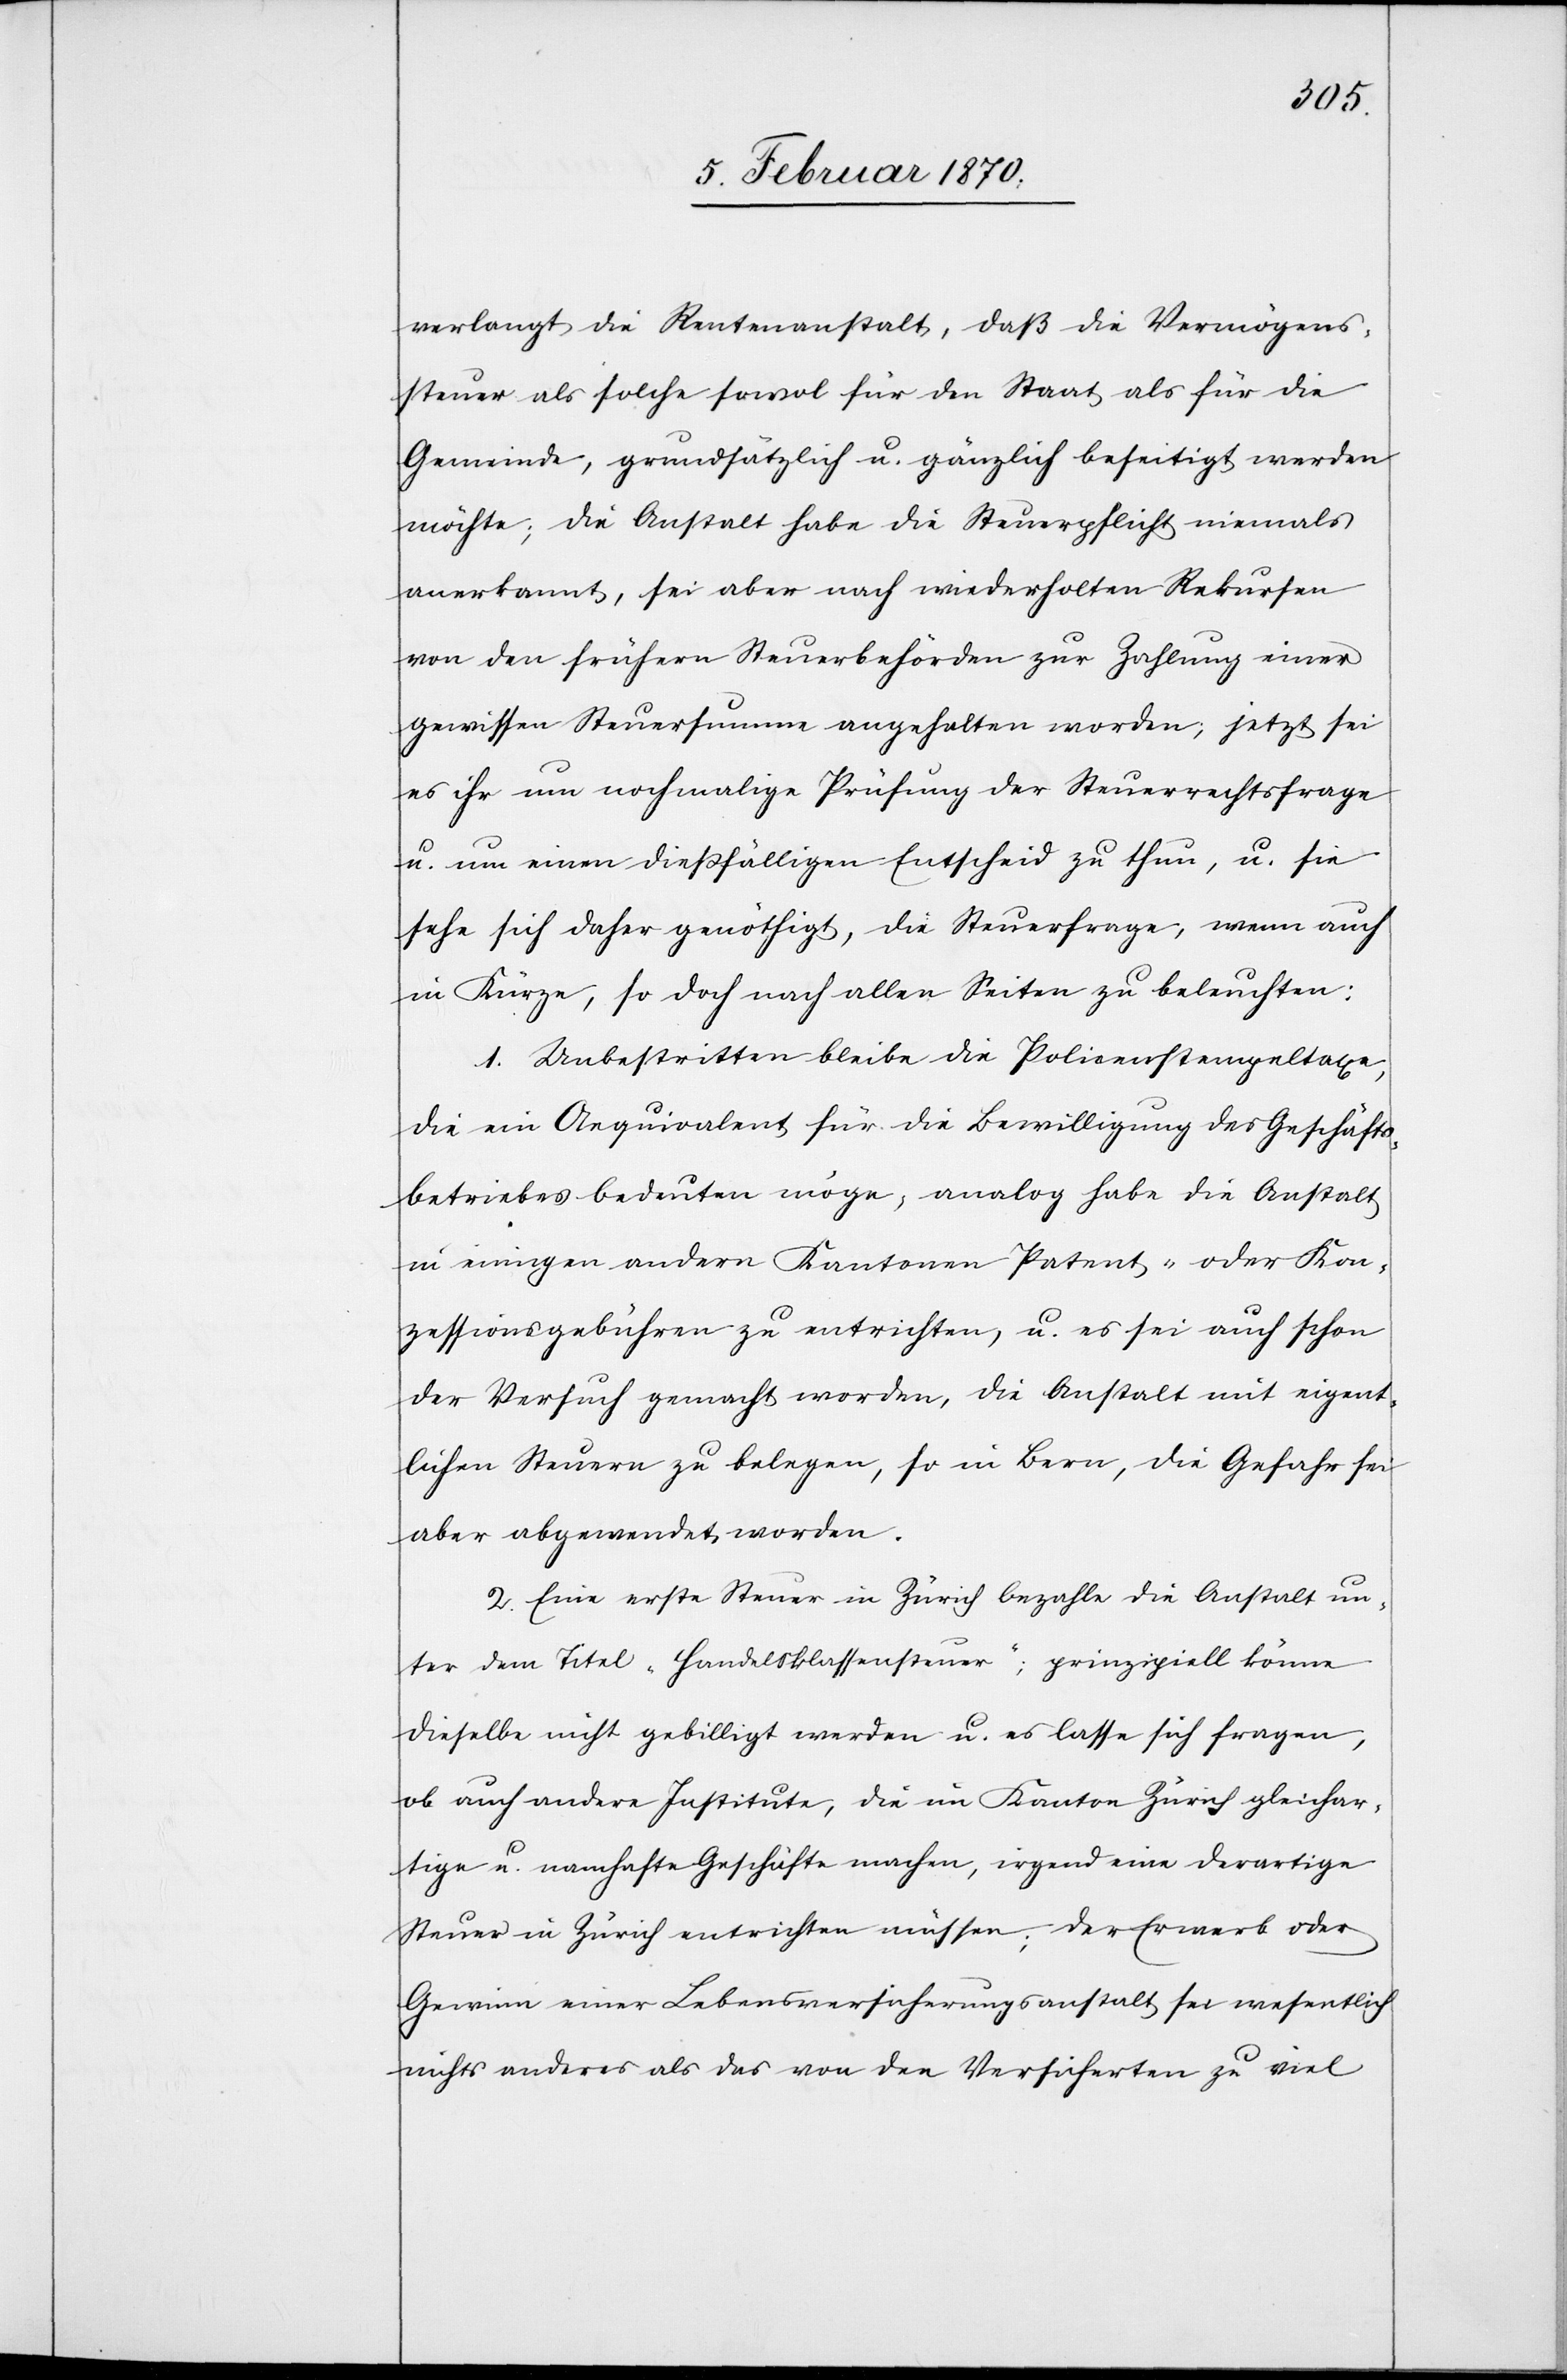
verlangt die Rentenanstalt, daß die Vermögens¬
steuer als solche sowol für den Staat als für die
Gemeinde, grundsätzlich u. gänzlich beseitigt werden
möchte; die Anstalt habe die Steuerpflicht niemals
anerkannt, sei aber nach wiederholten Rekursen
von den frühern Steuerbehörden zur Zahlung einer
gewissen Steuersumme angehalten worden, jetzt sei
es ihr um nochmalige Prüfung der Steuerrechtsfrage
u. um einen diessfälligen Entscheid zu thun, u. sie
sehe sich daher genöthigt, die Steuerfrage, wenn auch
in Kürze, so doch nach allen Seiten zu beleuchten:
1. Unbestritten bleibe die Policenstempeltaxe,
die ein Aequivalent für die Bewilligung des Geschäfts¬
betriebes bedeuten möge; analog habe die Anstalt
in einigen andern Kantonen Patent- oder Kon¬
zessionsgebühren zu entrichten, u. es sei auch schon
der Versuch gemacht worden, die Anstalt mit eigent¬
lichen Steuern zu belegen, so in Bern, die Gefahr sei
aber abgewendet worden.
2. Eine erste Steuer in Zürich bezahle die Anstalt un¬
ter dem Titel „Handelsklassensteuer“; prinzipiell könne
dieselbe nicht gebilligt werden u. es lasse sich fragen,
ob auch andere Institute, die im Kanton Zürich gleichar¬
tige u. namhafte Geschäfte machen, irgend eine derartige
Steuer in Zürich entrichten müssen; der Erwerb oder
Gewinn einer Lebensversicherungsanstalt sei wesentlich
nichts anderes als das von den Versicherten zu viel